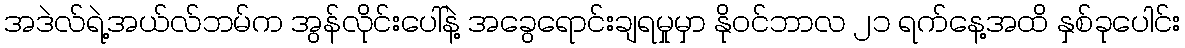
အဒဲလ်ရဲ့အယ်လ်ဘမ်က အွန်လိုင်းပေါ်နဲ့ အခွေရောင်းချရမှုမှာ နိုဝင်ဘာလ ၂၁ ရက်နေ့အထိ နှစ်ခုပေါင်း